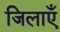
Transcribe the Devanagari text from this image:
जिलाएँ